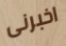
اخبرنى